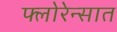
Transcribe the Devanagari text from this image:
फ्लोरेन्सात